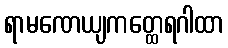
ရာမဏေယျကတ္ထေရဂါထာ